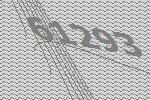
61293